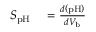
\begin{array} { r l } { S _ { \mathrm { p H } } } & { { } = \frac { d \left( \mathrm { p H } \right) } { d V _ { \mathrm { b } } } } \end{array}